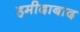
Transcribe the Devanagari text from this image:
हमीदाबाद